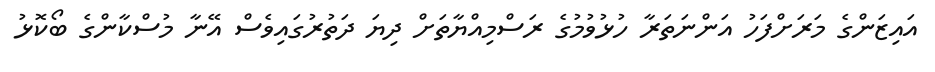
އައިޒަންގެ މަރަށްފަހު އަންނަތަރާ ހުޅުވުމުގެ ރަސްމިއްޔާތަށް ދިޔަ ދަތުރުގައިވެސް އޭނާ މުސްކާންގެ ބޯކޮޅު